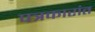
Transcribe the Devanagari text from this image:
पत्रकारांत